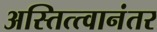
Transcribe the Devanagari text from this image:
अस्तित्त्वानंतर